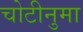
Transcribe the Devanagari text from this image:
चोटीनुमा